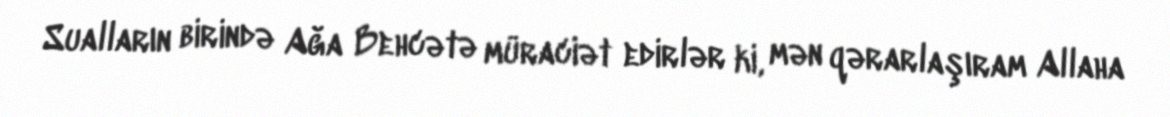
Sualların birində Ağa Behcətə müraciət edirlər ki, mən qərarlaşıram Allaha